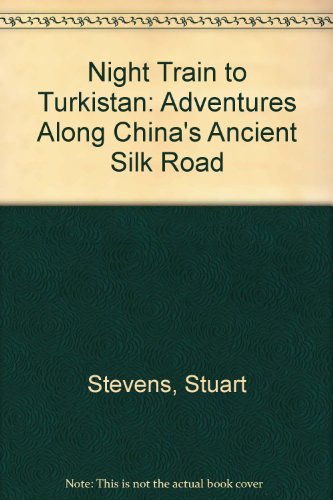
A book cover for Night Train to Turkistan: Adventures Along China's Ancient Silk Road; Stuart Stevens; Travel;